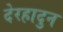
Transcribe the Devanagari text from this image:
देरहादुन